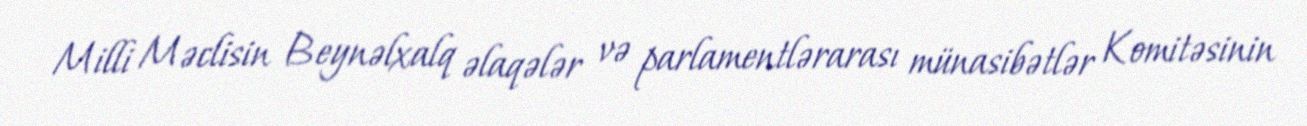
Milli Məclisin Beynəlxalq əlaqələr və parlamentlərarası münasibətlər Komitəsinin